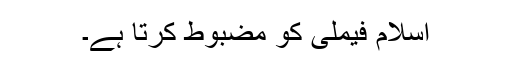
اسلام فیملی کو مضبوط کرتا ہے۔